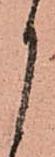
月